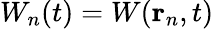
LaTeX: W_{n}(t)=W(\mathbf{r}_{n},t)